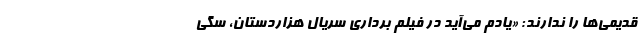
قدیمی‌ها را ندارند: «یادم می‌آید در فیلم برداری سریال هزاردستان، سگی